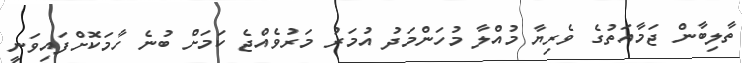
ތާލިބާން ޖަމާއަތުގެ ވެރިޔާ މުއްލާ މުހަންމަދު އުމަރު މަރުވެއްޖެ ކަމަށް ބުނެ ހާމަކޮށްފައިވަނީ